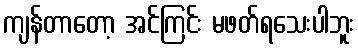
ကျန်တာတော့ အင်ကြင်း မဖတ်ရသေးပါဘူး